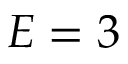
E = 3